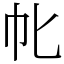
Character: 㠲